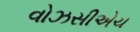
વોઝસીએચ